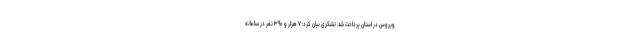
ویروس در استان پرداخت شد. تشکری بیان کرد: ۷ هزار و ۳۹۰ نفر در سامانه